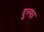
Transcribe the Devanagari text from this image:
दुल्‍फा